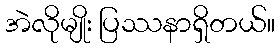
အဲလိုမျိုး ပြဿနာရှိတယ်။